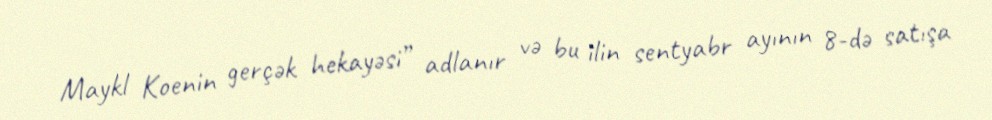
Maykl Koenin gerçək hekayəsi” adlanır və bu ilin sentyabr ayının 8-də satışa